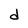
Character: d